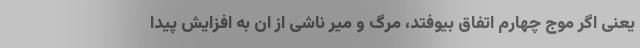
یعنی اگر موج چهارم اتفاق بیوفتد، مرگ و میر ناشی از ان به افزایش پیدا